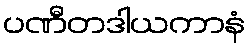
ပဏီတဒါယကာနံ